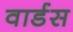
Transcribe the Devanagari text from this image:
वार्डस